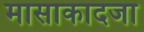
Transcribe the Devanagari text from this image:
मासाकादजा